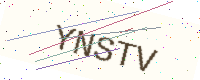
Text: YNSTV